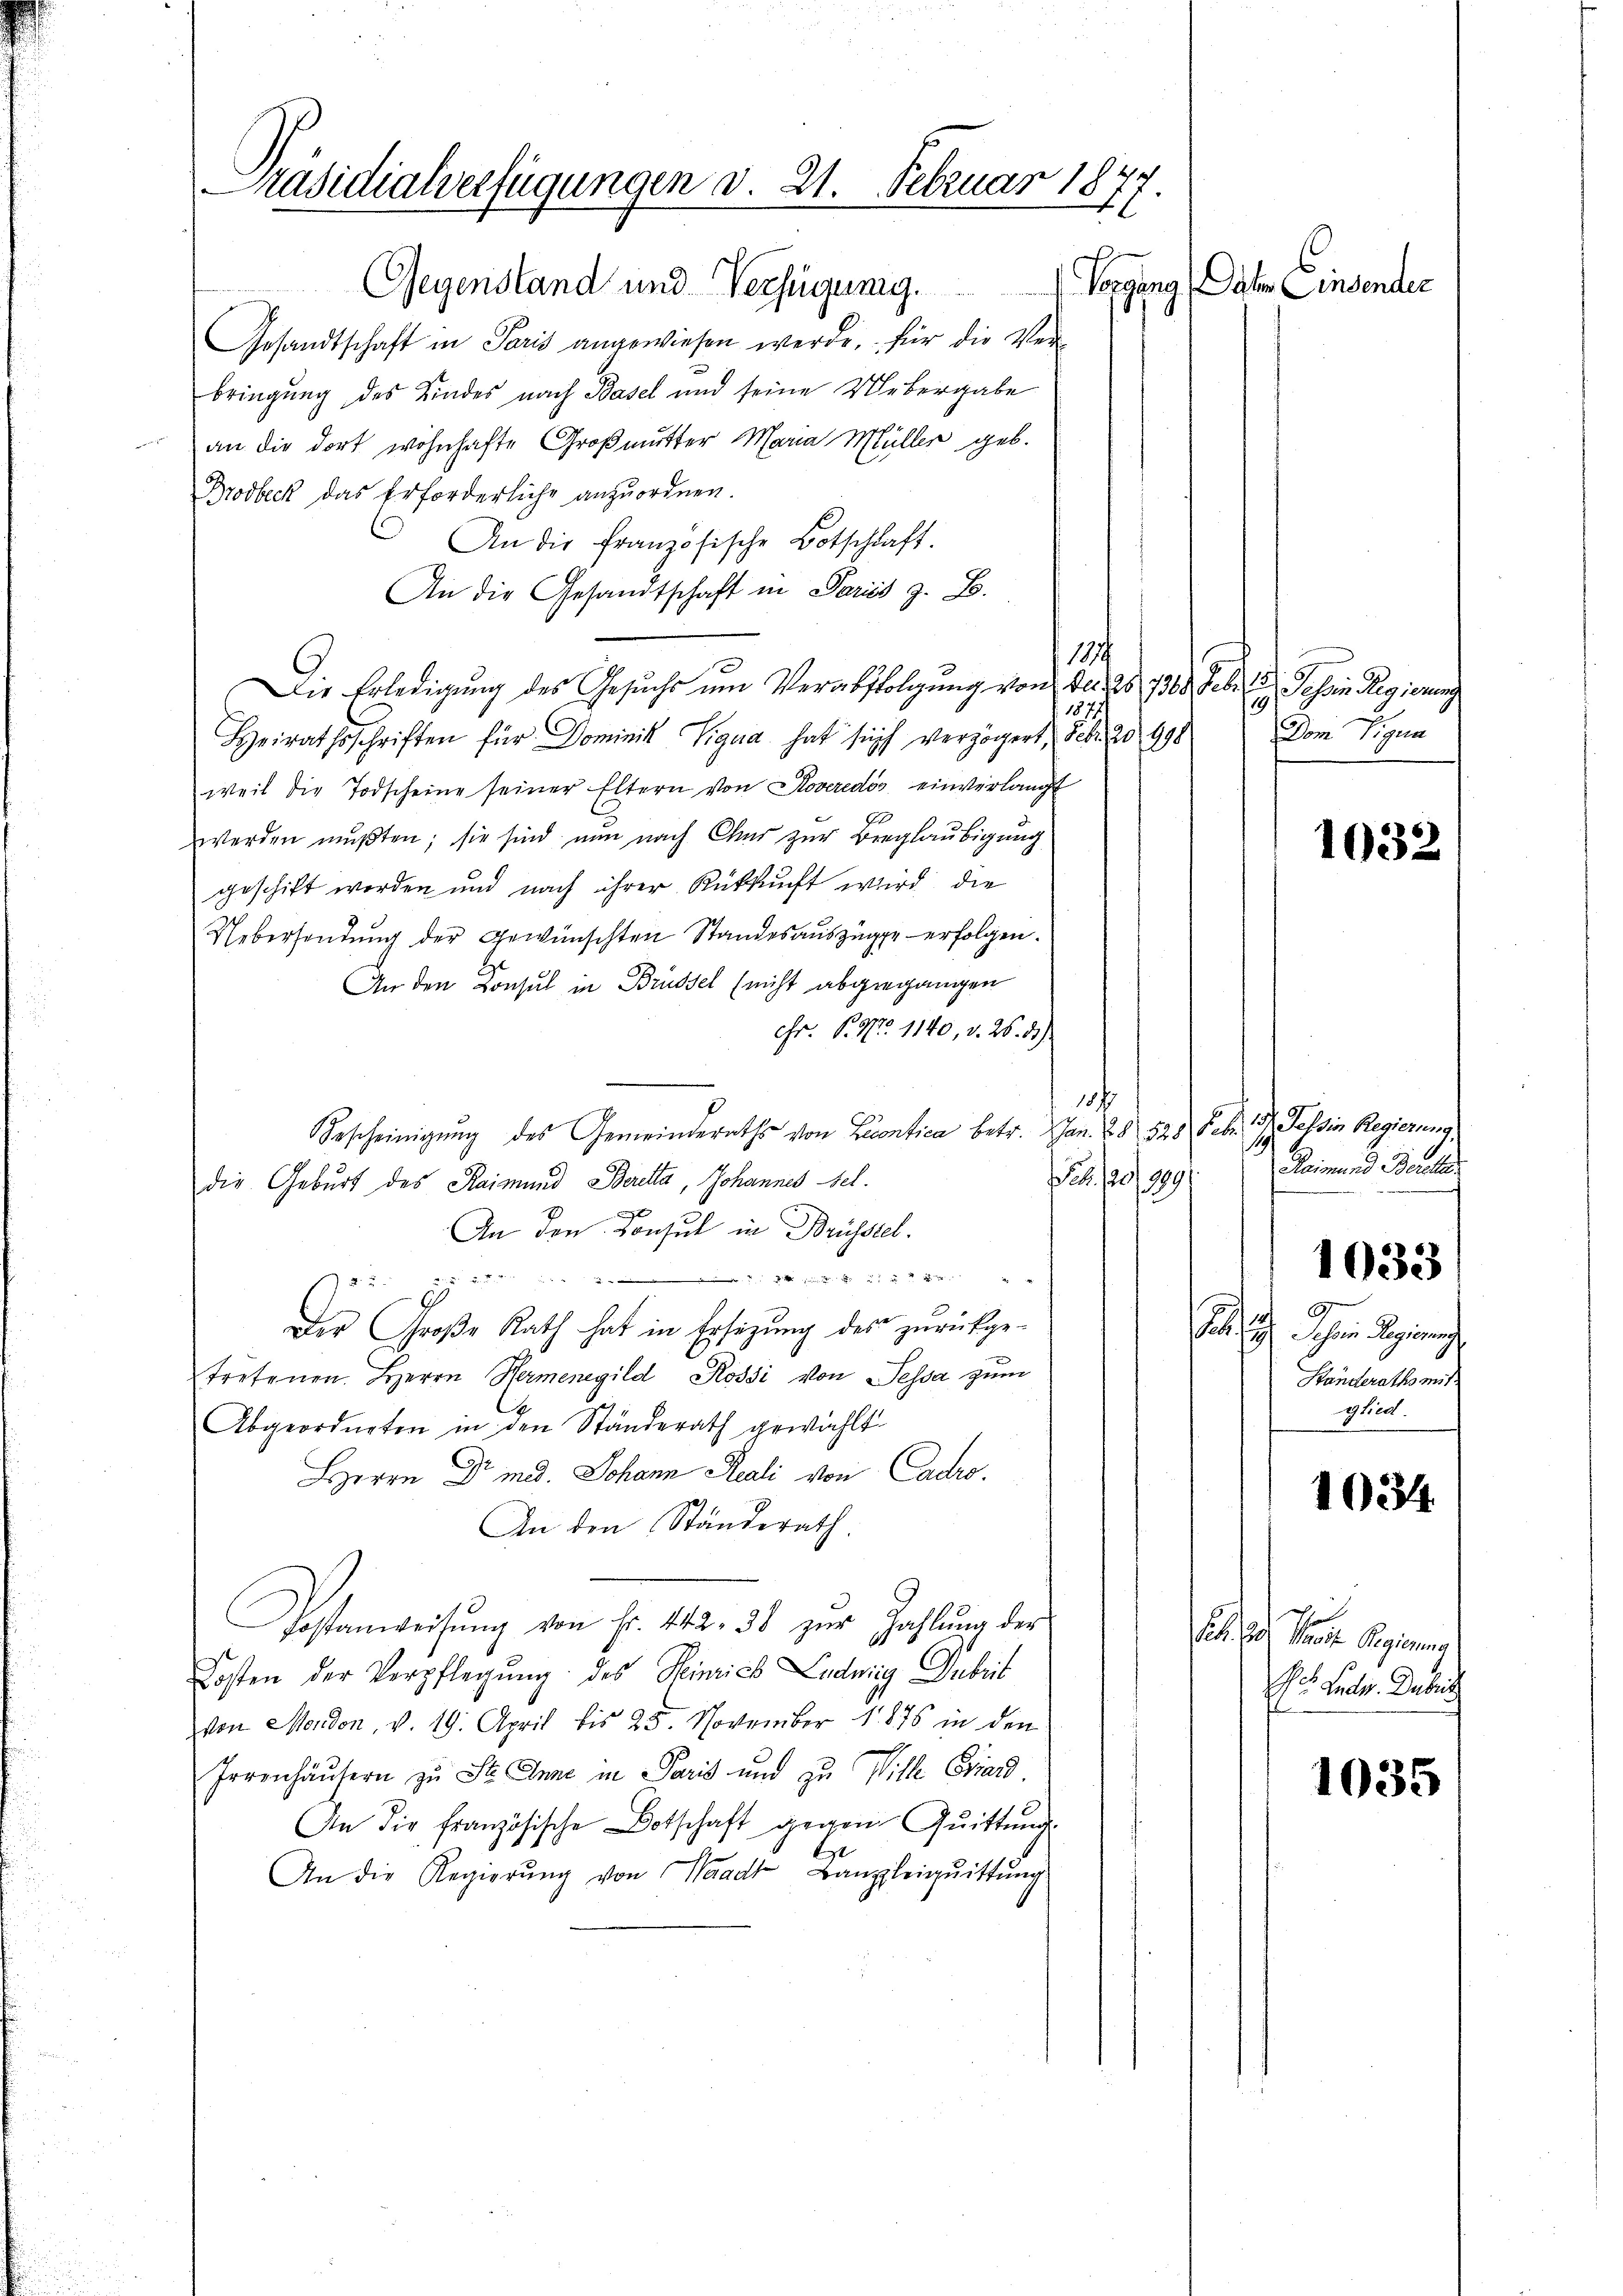
Präsidialverfügungen d. 21. Februar 18
d
.
Vorgang daher Einsender
Gegenstand und Verfügung.

Gesandtschaft in Paris angewiesen werde, für die Ver-
bringung des Kindes nach Basel und seine Uebergabe

an die dort wohnhafte Großmutter Maria Müller geb.
Brodbeck das Erforderliche anzuordnen.
 An die französische Botschlaft.
An die Gesandtschaft in Pariss z. B.
1
Die Erledigung des Gesuchs um Verabfolgung von der 28. 732. Febr. 18. Jahren Regierung
1877
Heirathsschriften für Dominik Tigua hat sich verzögert, Febr. 20. 498
weil die Todscheine seiner Eltern von Roveredis einverlangt
C
werden mußten; sie sind nun nach Chur zur Beglaubigung
geschikt worden und nach ihrer Rükkunft wird die
Uebersendung der gewünschten Standesauszüge erfolgen.
An den Konsul in Brüssel (nicht abgegangen
hr. P. Nr. 1140, v. 26. 3)
¬
Bescheinigŭng des Gemeinderaths von Licentica betr. Jan. 28. 528. Febr. 157. Tessin Regierung,
a. 120/ 1899/
die Geburt des Raimund Beretta, Johannes Fel.
An den Konsul in Brüsstel
f               "            2
a
Der Große Rath hat in Ersitzŭng der zurückge-
tretenen Herrn Hermenegild, Rossi von Jessa zum
Abgeordneten in den Ständerath gewählt
HHerrn Dr med. Johann Reali von Cadro
An den Ständerath.
Postanweisŭng von Fr. 442. 36 zŭr Zahlŭng der
Kosten der Verpflegŭng des Heinrich Ludwig Dubeit
von Morden, v. 19. April bis 25. November 1876 in den
Irrenhäusern zu St. Anne in Paris und zu Ville Eriard
An die französische Botschaft gegen Quittung
1
An die Regierŭng von Waadt, Banzleiqŭittŭng

19
Dom Tigua

1032

11
Raimund Berl

9
2 Scheine Regierung
Ständeraths mit
glied.

1033

1034

dite doch keine Regierung
Se. Lude. Dabeis

1035